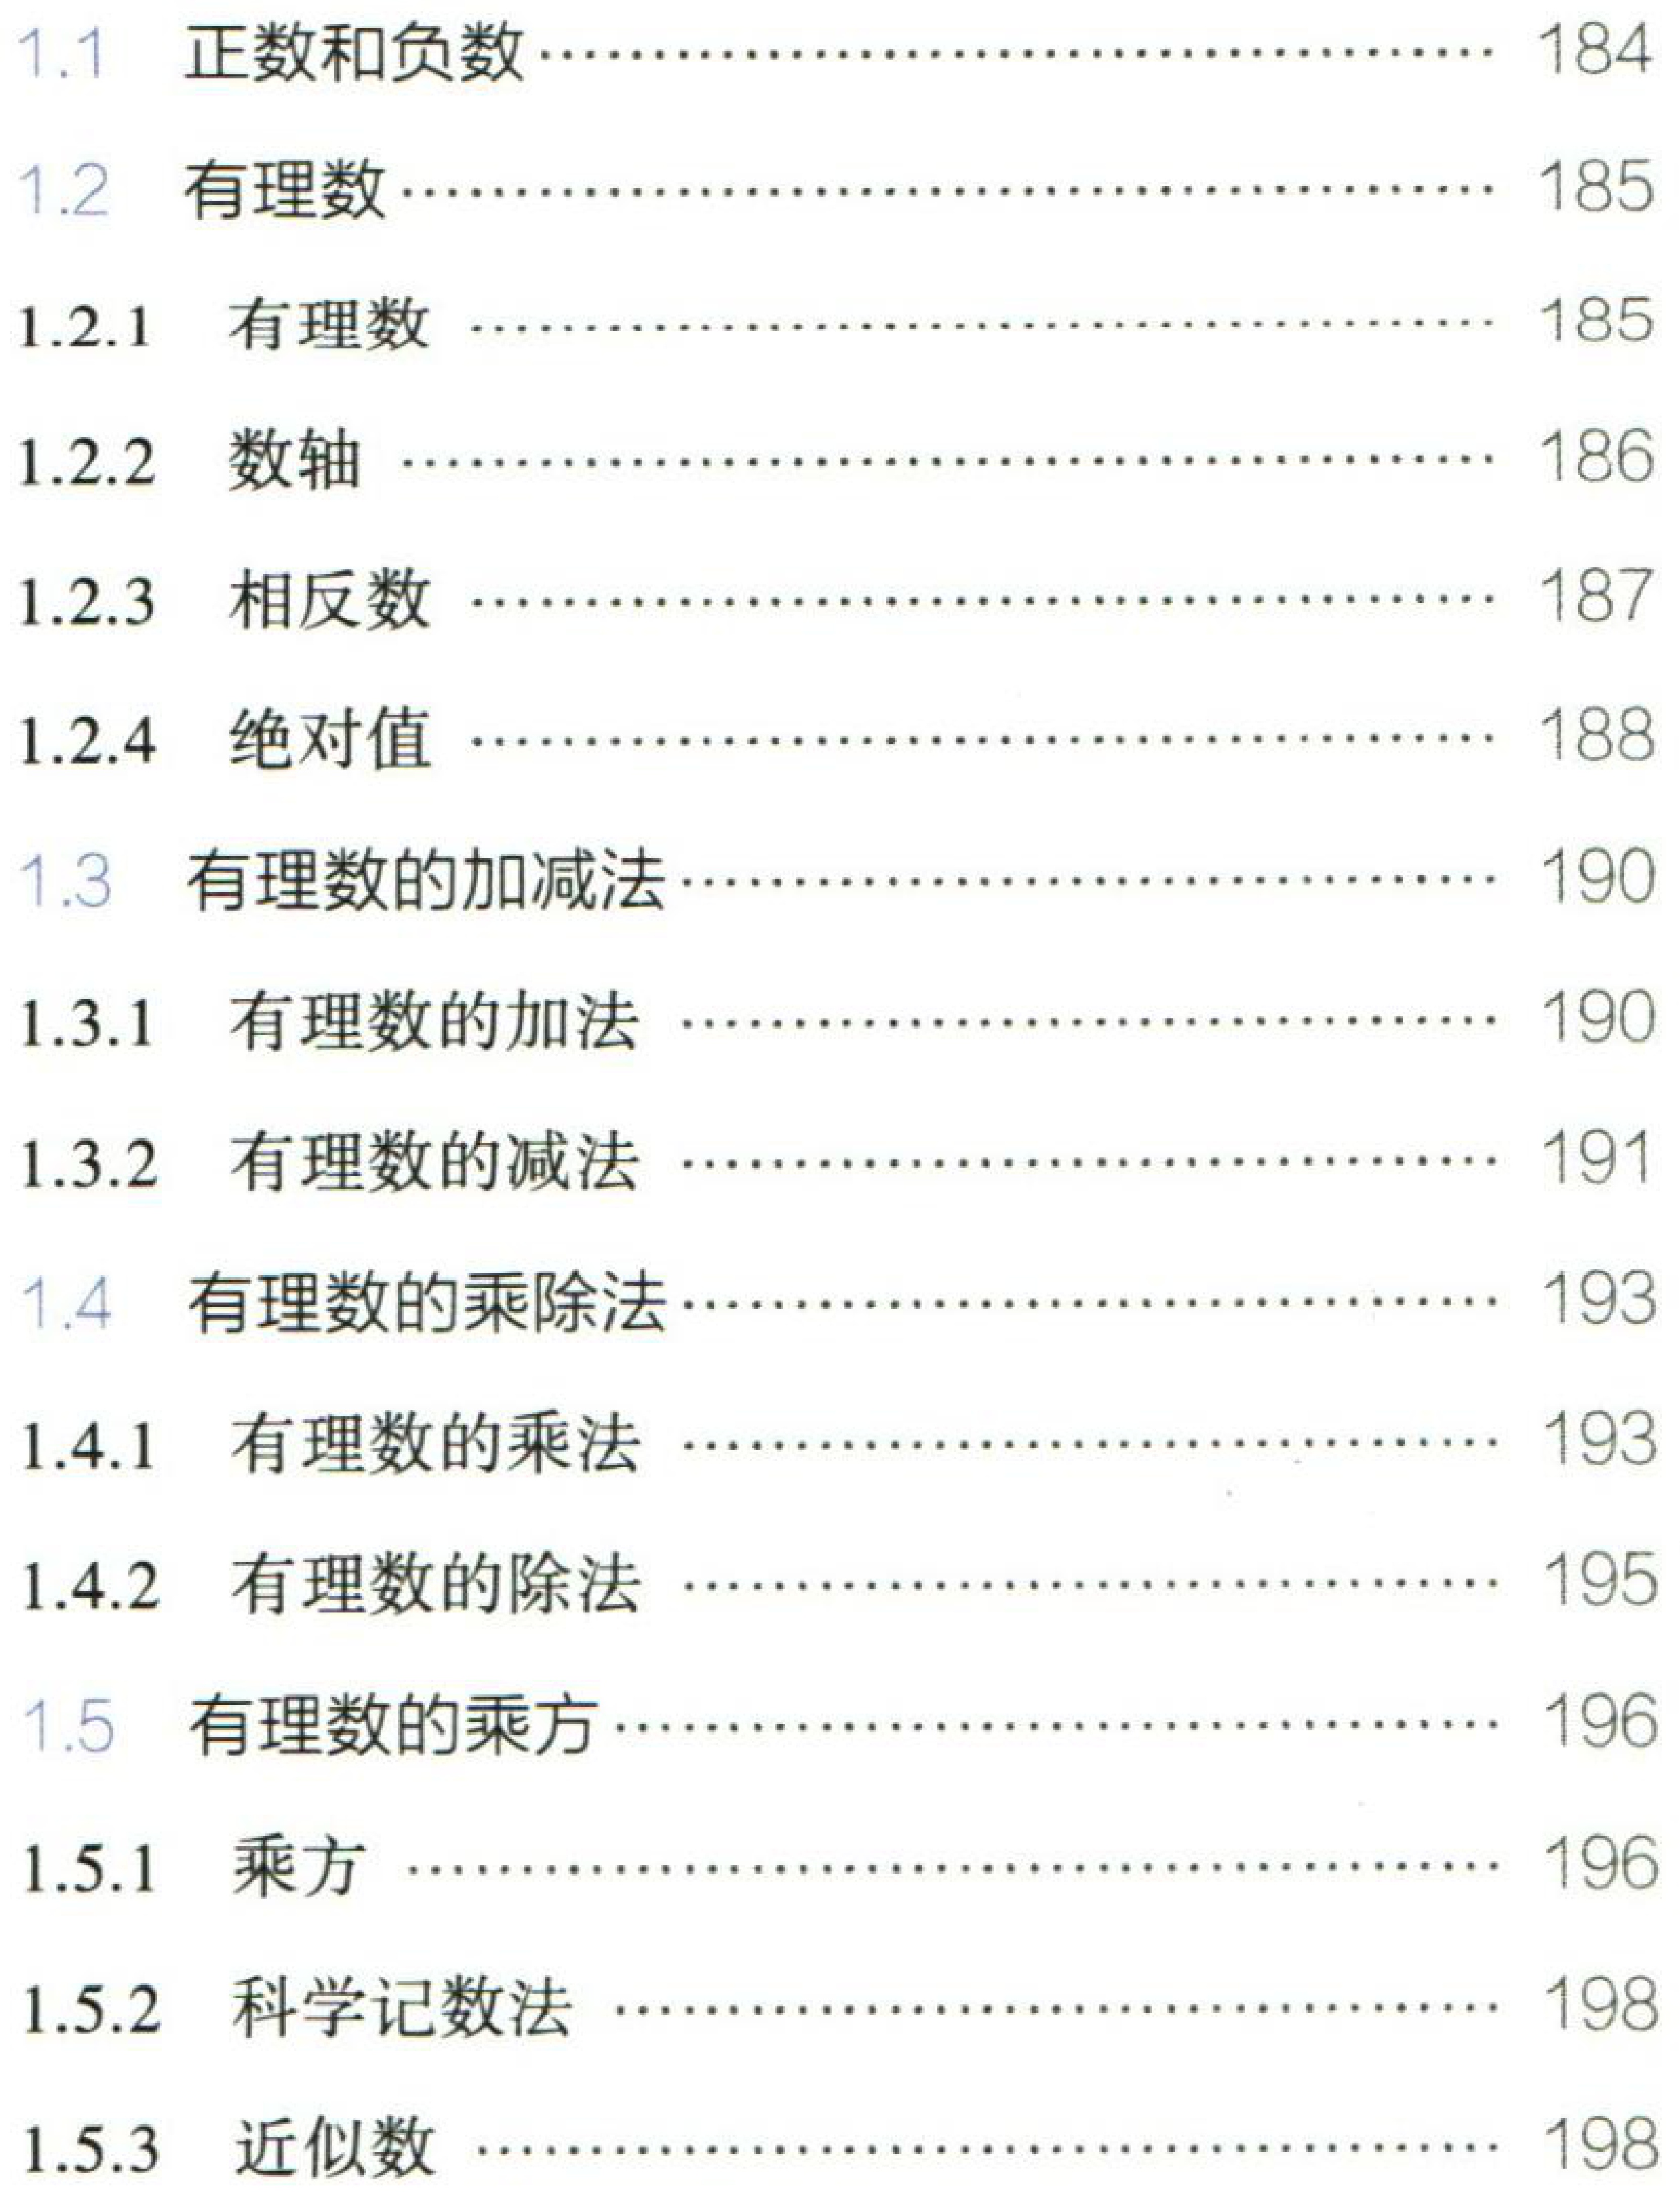
\begin{enumerate}

\item[1.1] 正数和负数……184

\item[1.2] 有理数……185

\begin{enumerate}

\item[1.2.1] 有理数 ……185

\item[1.2.2] 数轴 ……186

\item[1.2.3] 相反数 ……187

\item[1.2.4] 绝对值 ……188

\end{enumerate}

\item[1.3] 有理数的加减法……190

\begin{enumerate}

\item[1.3.1] 有理数的加法 ……190

\item[1.3.2] 有理数的减法 ……191

\end{enumerate}

\item[1.4] 有理数的乘除法……193

\begin{enumerate}

\item[1.4.1] 有理数的乘法 ……193

\item[1.4.2] 有理数的除法 ……195

\end{enumerate}

\item[1.5] 有理数的乘方……196

\begin{enumerate}

\item[1.5.1] 乘方 ……196

\item[1.5.2] 科学记数法 ……198

\item[1.5.3] 近似数 ……198

\end{enumerate}

\end{enumerate}